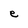
Character: e